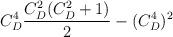
LaTeX: \begin{align*}C_D^4 {C_D^2(C_D^2+1)\over 2} - (C_D^4)^2\end{align*}